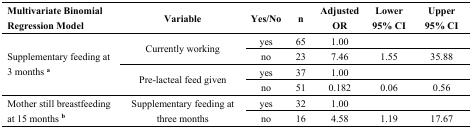
<table><thead><tr><td><b>Multivariate Binomial Regression Model</b></td><td><b>Variable</b></td><td><b>Yes/No</b></td><td><b>n</b></td><td><b>Adjusted OR</b></td><td><b>Lower 95% CI</b></td><td><b>Upper 95% CI</b></td></tr></thead><tbody><tr><td rowspan="4">Supplementary feeding at 3 months <b><sup>a</sup></b></td><td rowspan="2">Currently working</td><td>yes</td><td>65</td><td>1.00</td><td></td><td></td></tr><tr><td>no</td><td>23</td><td>7.46</td><td>1.55</td><td>35.88</td></tr><tr><td rowspan="2">Pre-lacteal feed given</td><td>yes</td><td>37</td><td>1.00</td><td></td><td></td></tr><tr><td>no</td><td>51</td><td>0.182</td><td>0.06</td><td>0.56</td></tr><tr><td rowspan="2">Mother still breastfeeding at 15 months <b><sup>b</sup></b></td><td rowspan="2">Supplementary feeding at three months</td><td>yes</td><td>32</td><td>1.00</td><td></td><td></td></tr><tr><td>no</td><td>16</td><td>4.58</td><td>1.19</td><td>17.67</td></tr></tbody></table>